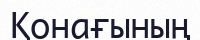
Қонағының